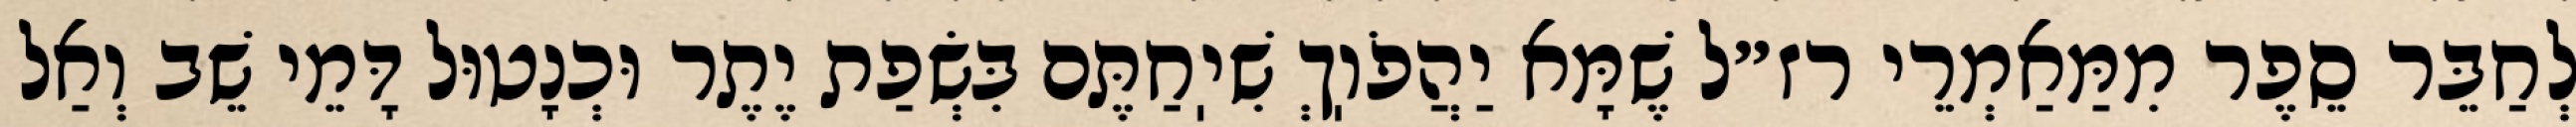
לְחַבֵּר סֵפֶר מִמַּאַמְרֵי רז״ל שֶׁמָּא יַהֲפֹוֽךְ שִׁיֽחַתֶּם בִּשְׂפַת יֶתֶר וּכְנָטוּל דָּמֵי שֵׁב וְאַל